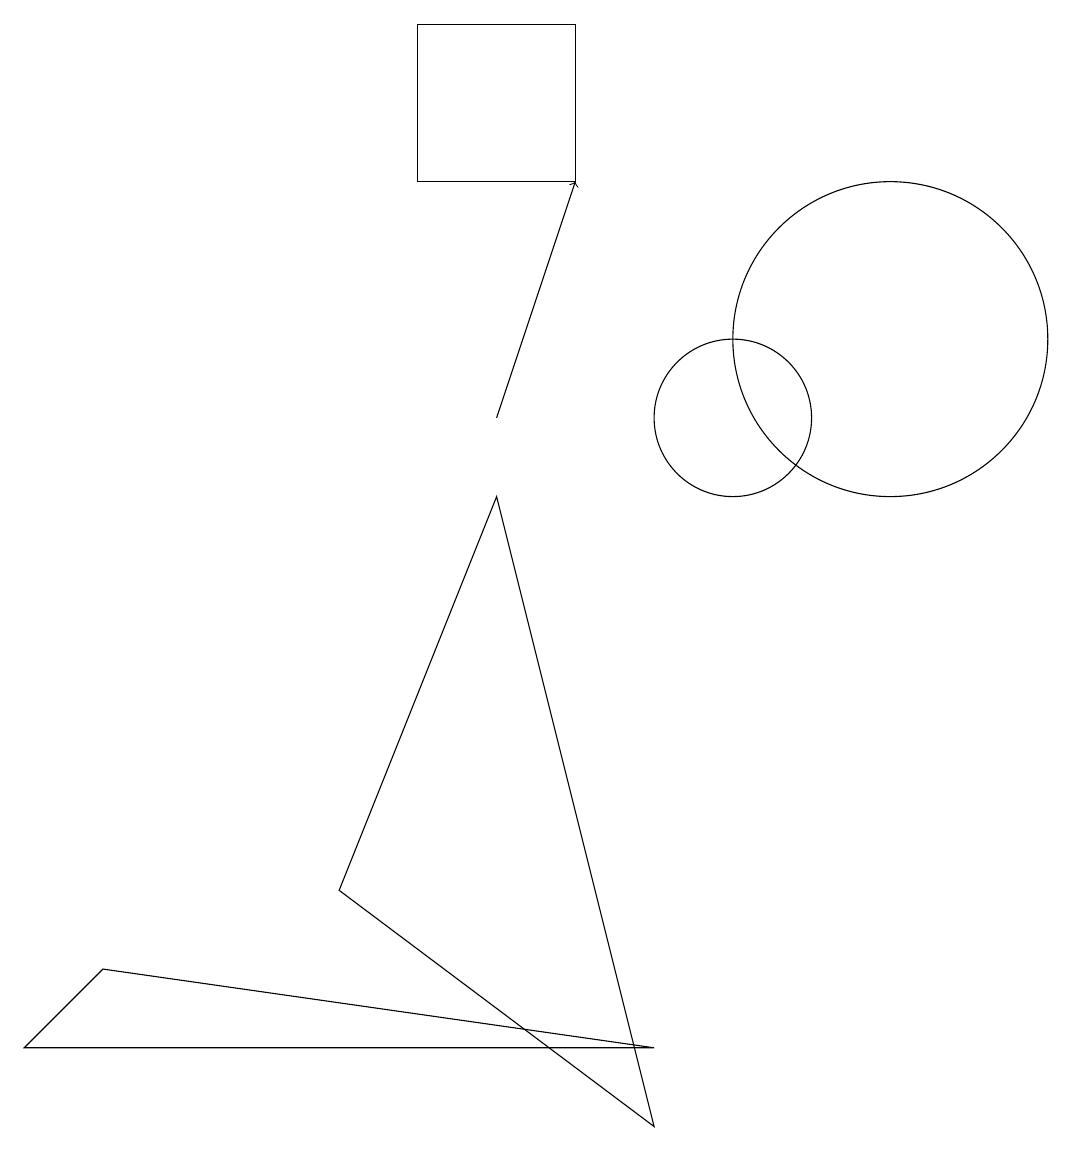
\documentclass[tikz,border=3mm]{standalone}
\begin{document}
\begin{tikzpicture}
\draw (8,15) rectangle (6,13);
\draw[->] (7,10) -- (8,13);
\draw (7,9) -- (5,4) -- (9,1) -- cycle;
\draw (9,2) -- (1,2) -- (2,3) -- cycle;
\draw (10,10) circle (1);
\draw (12,11) circle (2);
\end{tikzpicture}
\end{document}